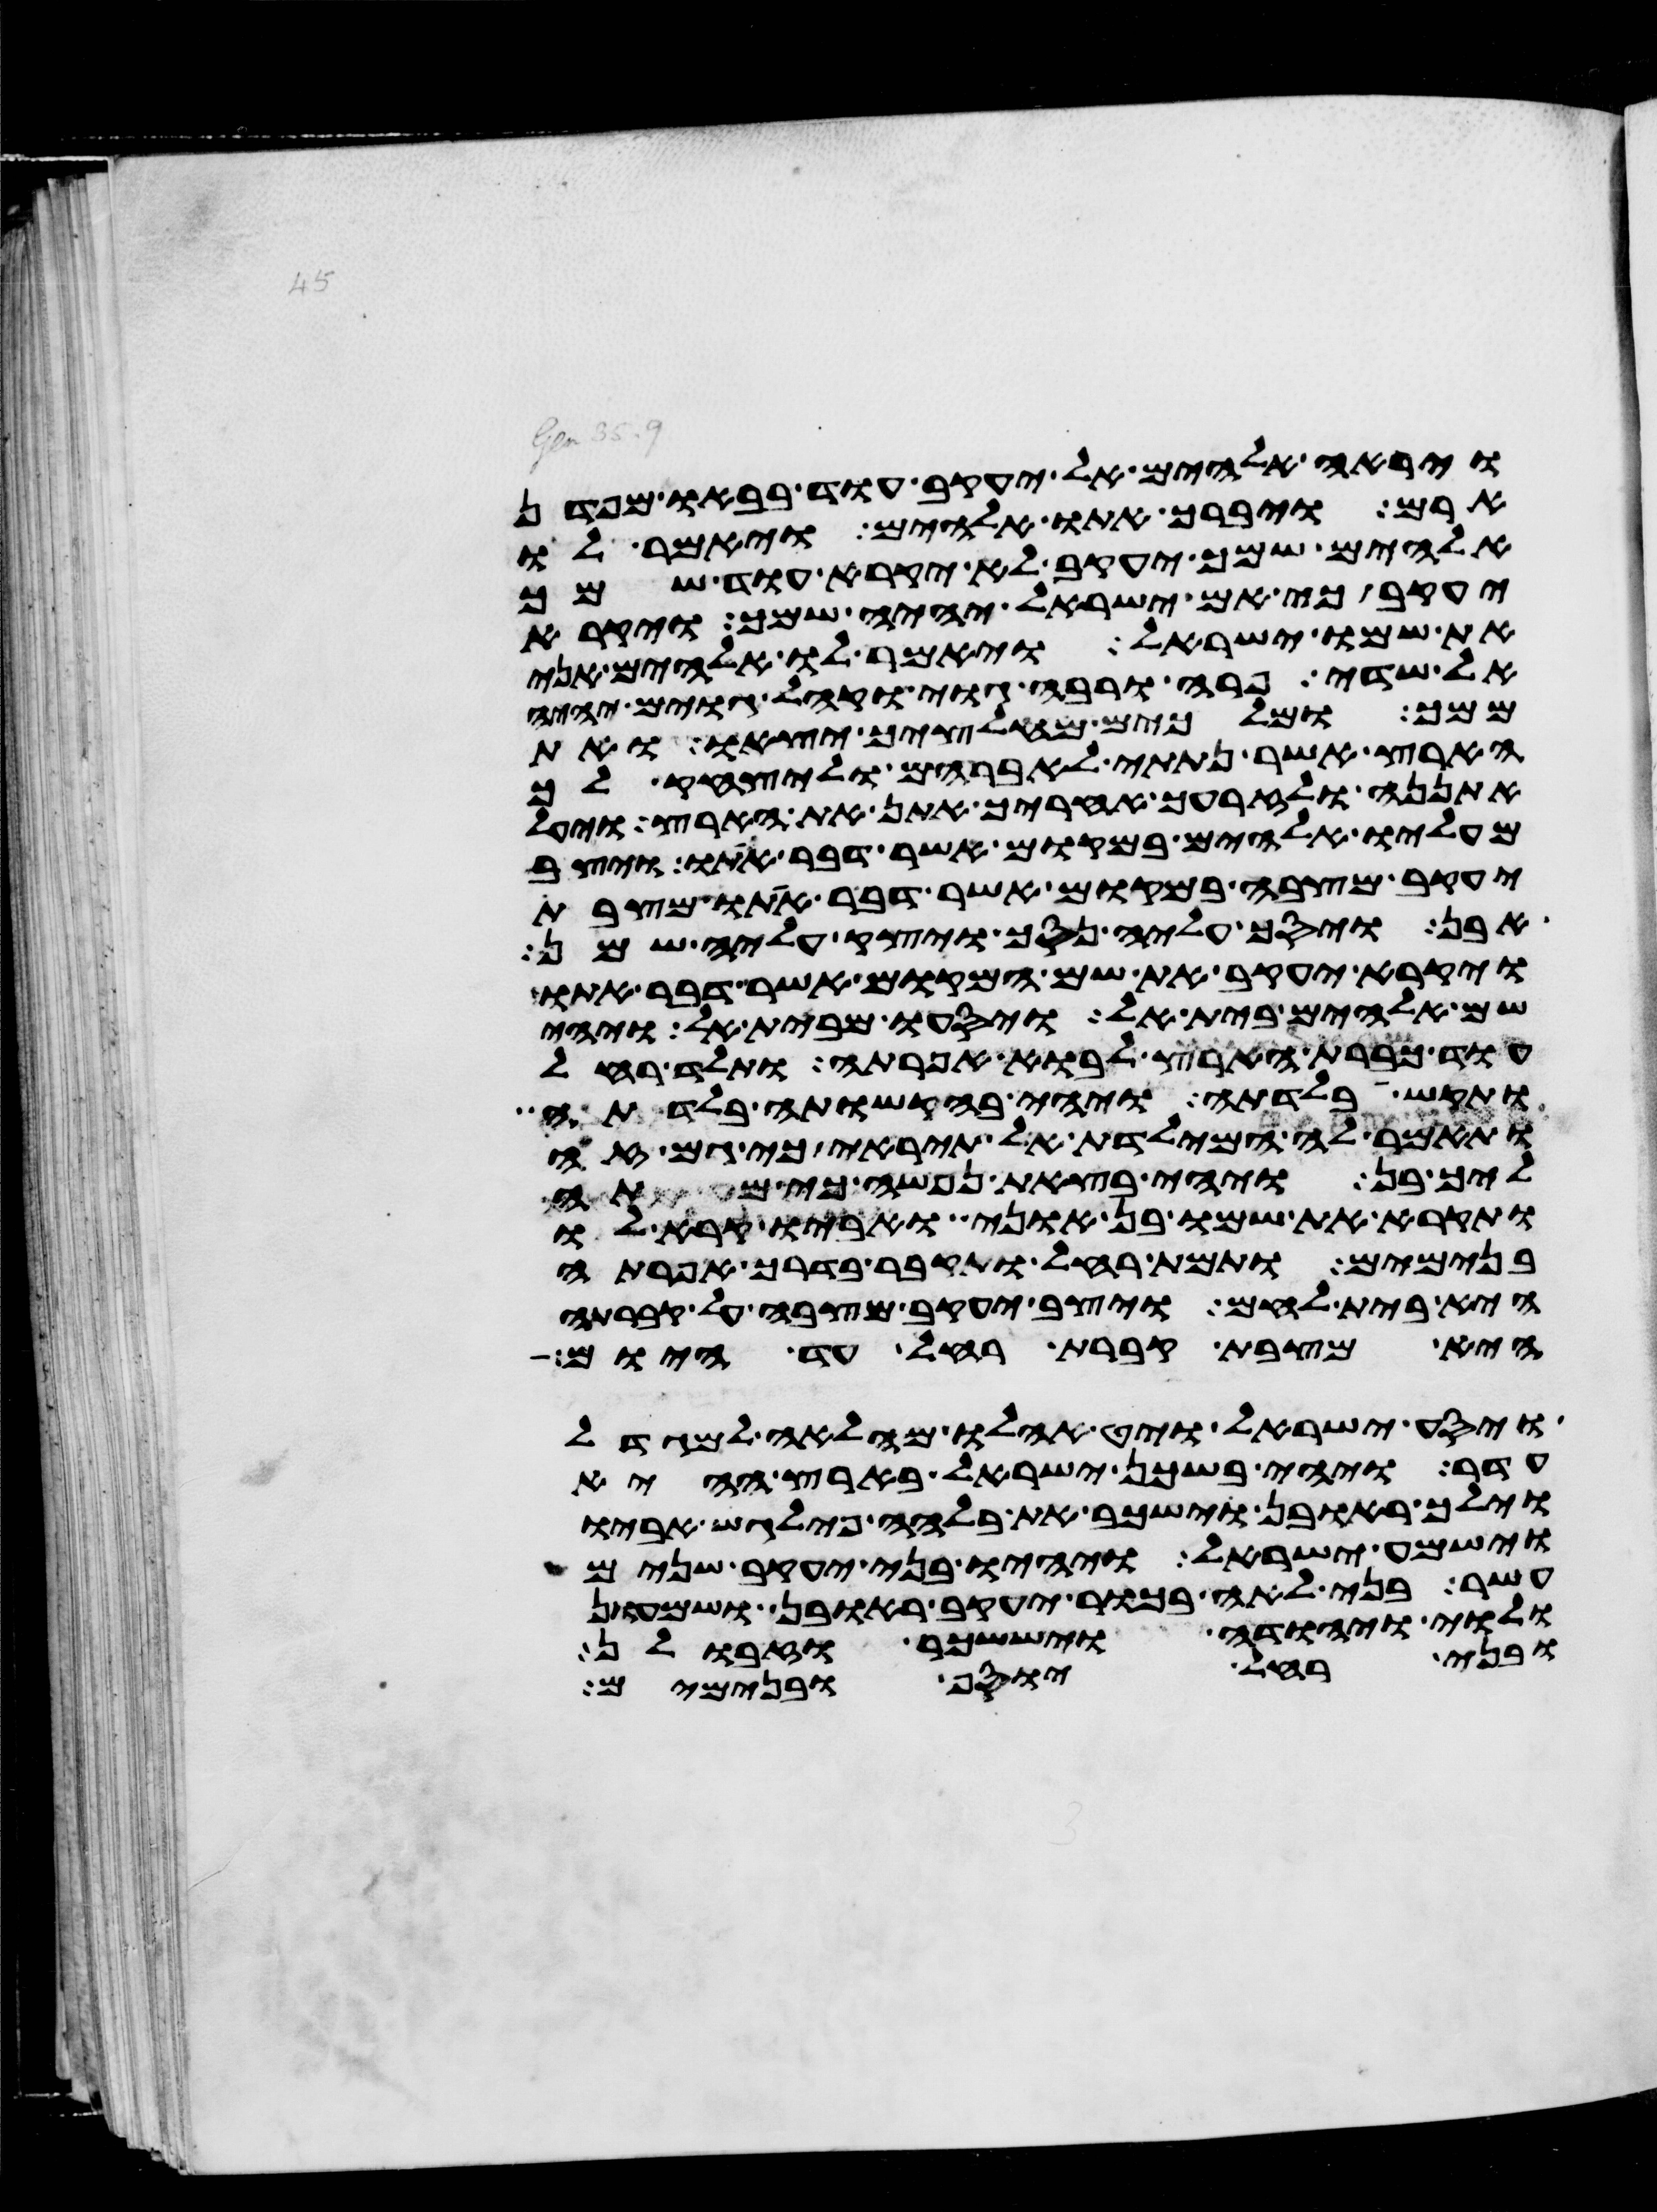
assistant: וירא אלהים אל יעקב עוד בבאו מפדן
ארם ויברך אתו אלהים ויאמר לו
אלהים שמך יעקב לא יקרא עוד שמך
יעקב כי אם ישראל יהיה שמך ויקרא
את שמו ישראל ויאמר לו אלהים אני
אל שדי פרה ורבה גוי וקהל גוים יהיה
ממך ומלכים מחלציך יצאו ואת
הארץ אשר נתתי לאברהם וליצחק לך
אתננה ולזרעך אחריך אתן את הארץ ויעל
מעליו אלהים במקום אשר דבר אתו ויצב
יעקב מצבה במקום אשר דבר אתו מצבת
אבן ויסך עליה נסך ויצק עליה שמן
ויקרא יעקב את שם המקום אשר דבר אתו
שם אלהים בית אל ויסעו מבית אל ויהי
עוד כברת הארץ לבוא אפרתה ותלד רחל
ותקש בלדתה ויהי בהקשותה בלדתה
ותאמר לה המילדת אל תיראי כי גם זה
ליך בן ויהי בצאת נפשה כי מתה
ותקרא את שמו בן אוני ואביו קרא לו
בנימים ותמת רחל ותקבר בדרך אפרתה
היא בית לחם ויצב יעקב מצבה על קברתה
היא מצבת קברת רחל עד היום
ויסע ישראל ויט אהלו מהלאה למגדל
עדר ויהי בשכן ישראל בארץ ההיא
וילך ראובן וישכב את בלהה פילגש אביו
וישמע ישראל ויהיו בני יעקב שנים
עשר בני לאה בכור יעקב ראובן ושמעון
ולוי ויהודה ויששכר וזבולן
ובני רחל יוסף ובנימים